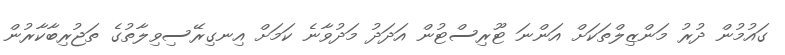
ގައުމުން ދުރު މަންޒިލްތަކަށް އަންނަ ޓޫރިސްޓުން އަދަދު މަދުވާނެ ކަމަށް އިނގިރޭސިވިލާތުގެ ތަޖުރިބާކާރުން